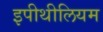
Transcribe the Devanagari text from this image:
इपीथीलियम